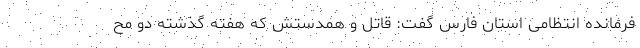
فرمانده انتظامی استان فارس گفت: قاتل و همدستش که هفته گذشته دو مح